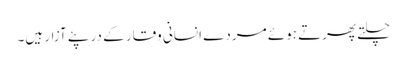
چلتے پھرتے ہوئے مردے انسانی وقار کے در پئے آزار ہیں۔